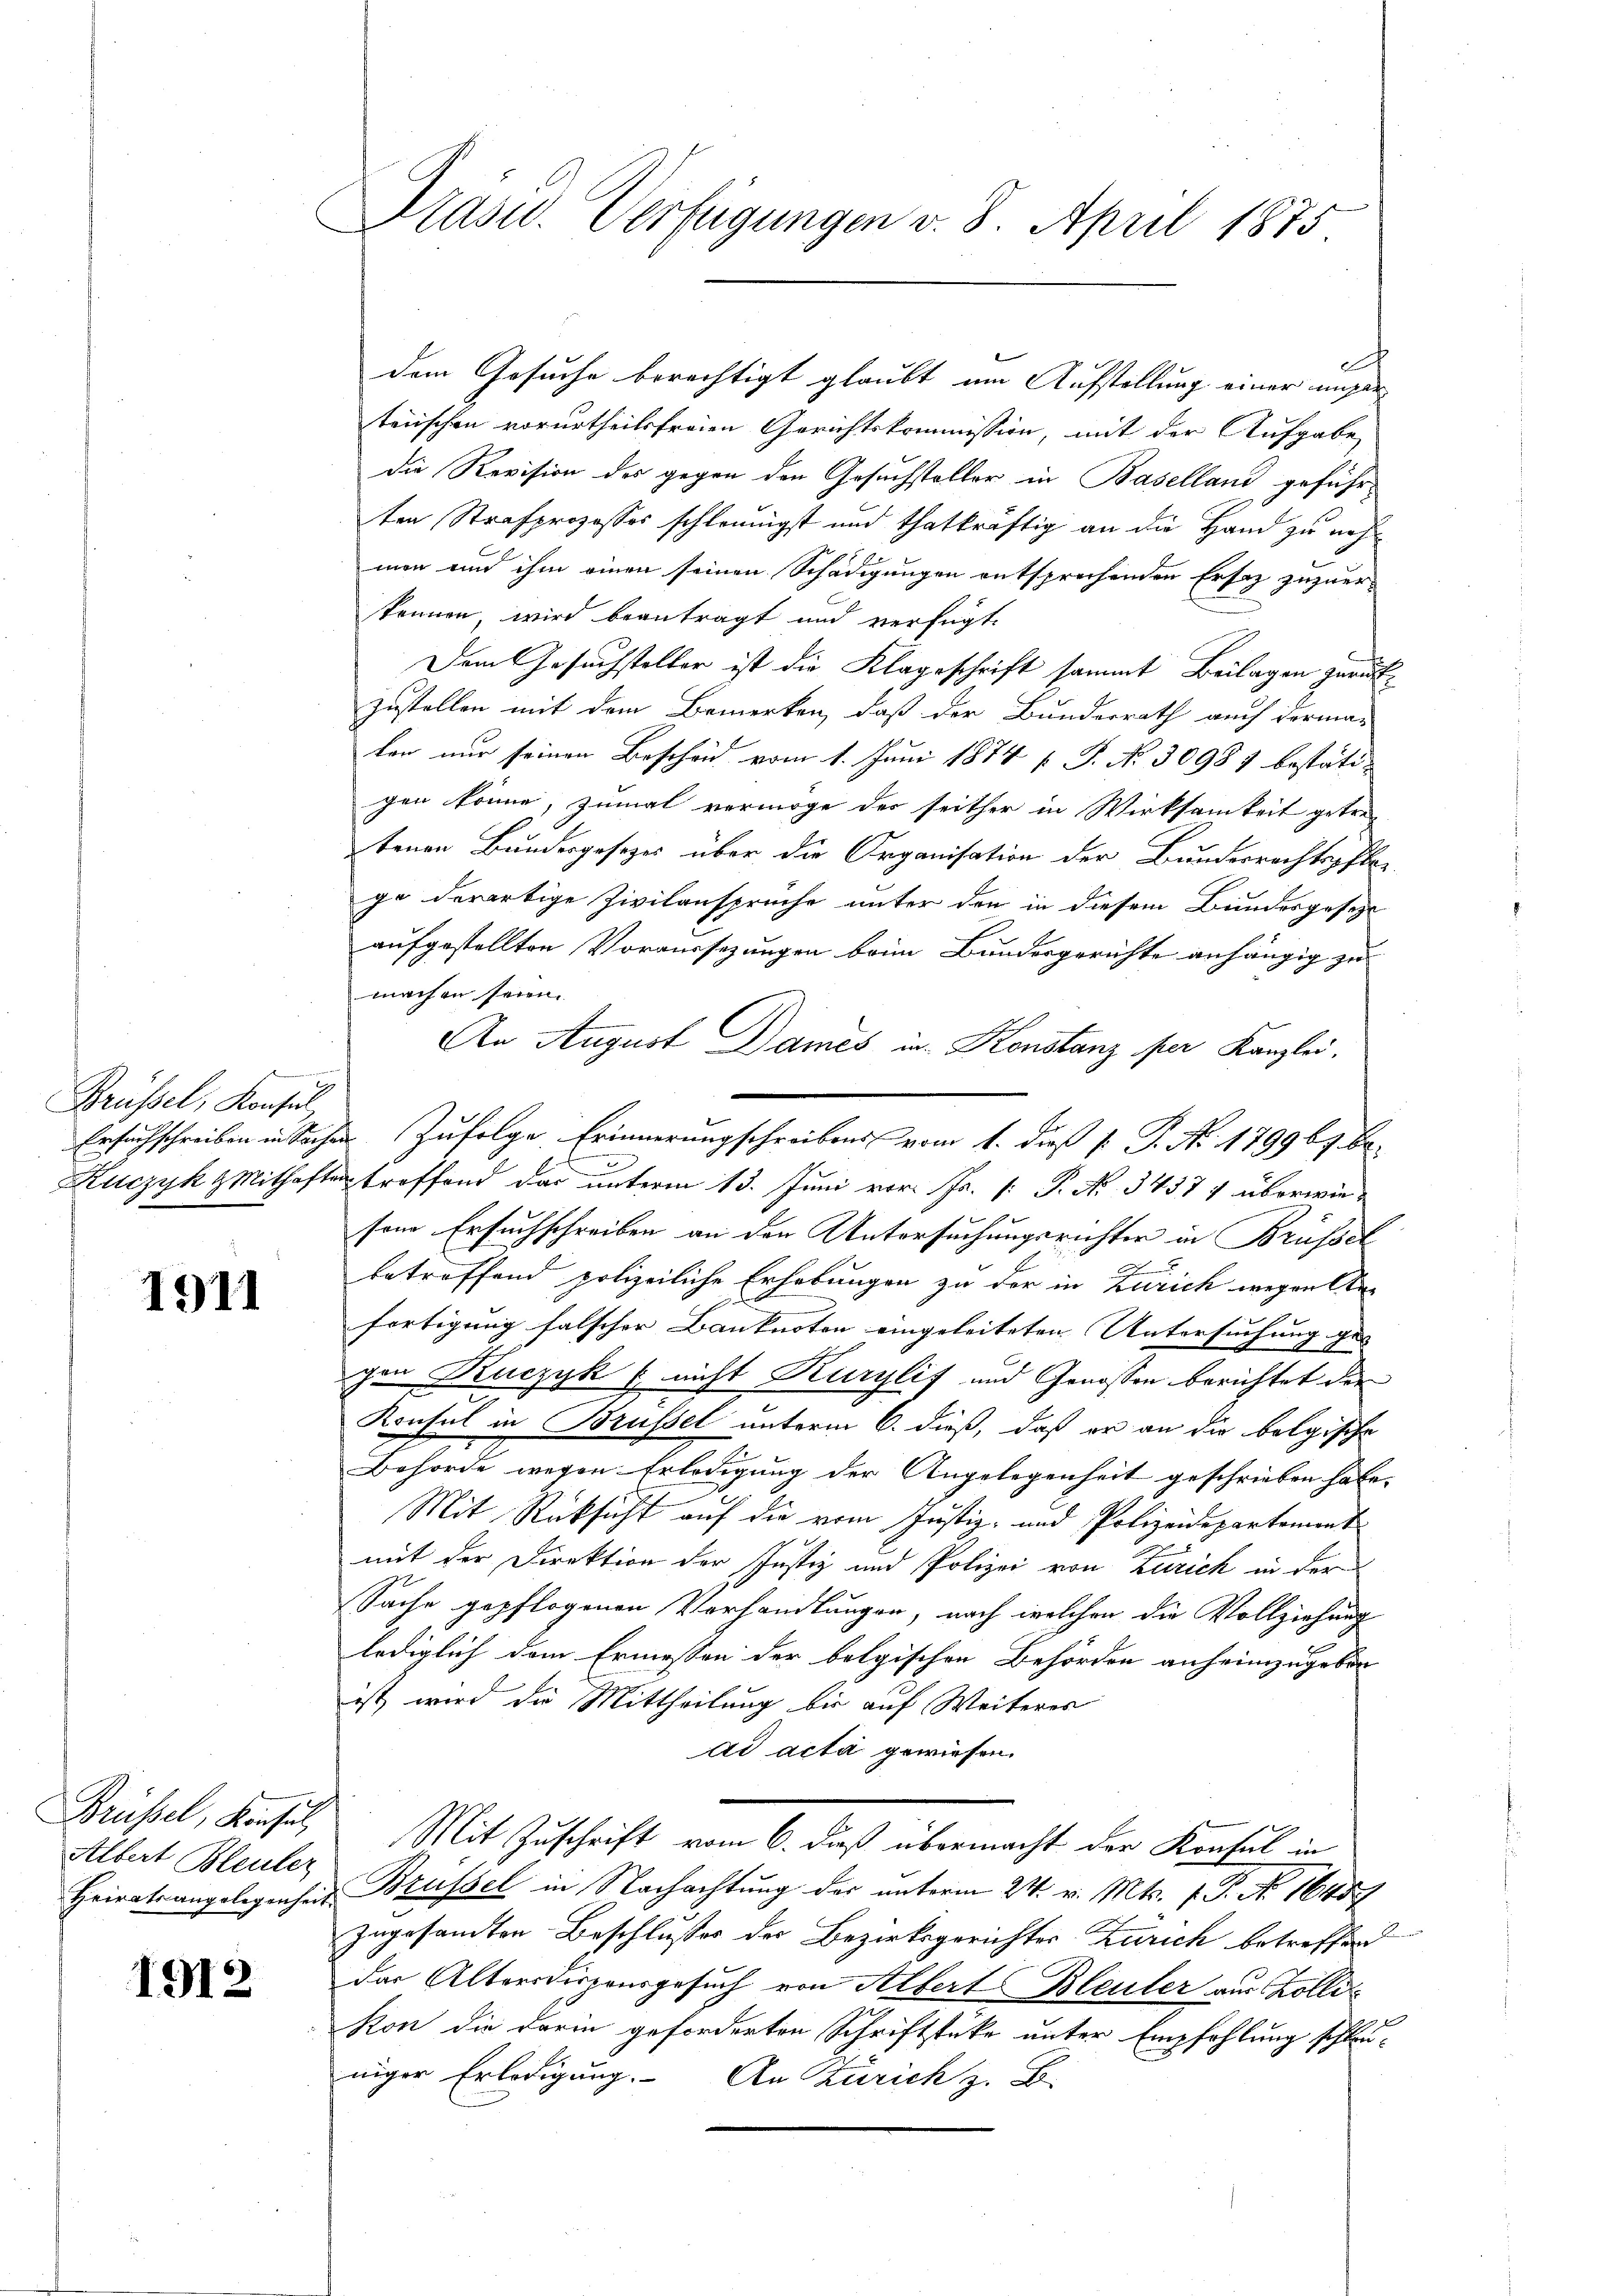
Brüssel, Konsul

1911

Brüssel, Konsul
Albert Bleuler

1912

Präsid. Verfügungen v. 8. April 1875

dem Gesuche berechtigt glaubt, um Aufstellung einer unger
teischen vorurtheilsfreien Gerichtskommission, mit der Aufgabe
die Revision des gegen den Gesuchsteller in Baselland geführten Strafprozesses schleunigst und thatkräftig an die Hand zu nehmen und ihm einen seinen Schädigungen entsprechenden Ersatz zuzuerkönnen wird beantragt und verfügt:
Dem Gesuchsteller ist die Klageschrift sammt Beilagen zurückzustellen mit dem Bemerken, daß der Bundesrath auch derma-
ken nur seinen Bescheid vom 1. Juni 1874 f. P. N. 30981 bestätigen könne, zumal vermöge des seither in Wirksamkeit getrentenen Bundesgesezes über die Organisation der Bundesrechtspfle
ge derartige Zivilansprüche unter den in diesem Bundesgesezt
aufgestellten Voraussezungen beim Bundesgerichte anhängig zu
machen seien.
An August Dames in Konstanz per Kanzlei.
Ersuchschreiben in Sachen Zufolge Erinnerungschreibens vom 1. dieß P. P. Nr. 179969. Be¬
Kuczyk & Mithaften treffend das unterm 13. Juni vor. Fr. [: P. Nr. 3437) überwieson Ersuchschreiben an der Untersuchungsrichter in Brüssel
betreffend polizeiliche Erhebungen zu der in Zürich wegen Anfortigung falscher Banknoten eingeleiteten Untersuchung ge- |
gen Kuczyk & nicht Kurglif und Genossen berichtet der
Konsul in Brüssel unterm 6. dieß, daß er an die belgische
Behörde wegen Erledigung der Angelegenheit geschrieben habe. |
Mit Rücksicht auf die vom Justiz- und Polizeidepartement
mit der Direktion der Justiz und Polizei von Zürich in der
Sache gepflogenen Vorhandlungen, nach welchen die Vollziehung
lediglich dem Ermessen der belgischen Behörden anheimzugeben
ist, wird die Mittheilung bis auf Weiterer
ad acta gewiesen.
Mit Zuschrift vom 6. daß übermacht der Konsul in
Heiratsangelegenheit Brüssel in Nachachtung des unterm 24. v. Mts. 1. No 1645
zngesamten Beschlusses der Bezirksgerichtes Zürich betreffen
das Altersdisponsgesuch von Albert Bleuler aus Zolli¬
Kon die darin geforderten Schriftstücke unter Empfehlung schleuniger Erledigung. An Zürich z. B.